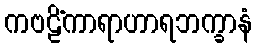
ကဗဠိံကာရာဟာရဘက္ခာနံ